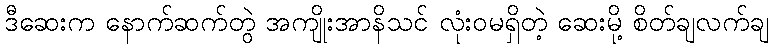
ဒီဆေးက နောက်ဆက်တွဲ အကျိုးအာနိသင် လုံးဝမရှိတဲ့ ဆေးမို့ စိတ်ချလက်ချ